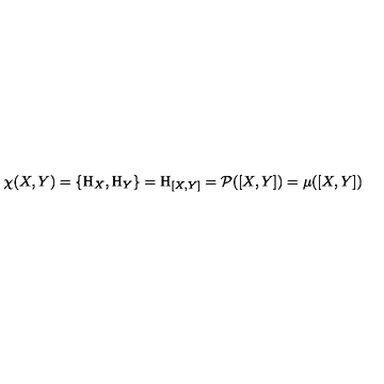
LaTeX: \chi ( X , Y ) = \{ \mathrm { H } _ { X } , \mathrm { H } _ { Y } \} = \mathrm { H } _ { [ X , Y ] } = { \cal P } ( [ X , Y ] ) = \mu ( [ X , Y ] )